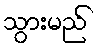
သွားမည်